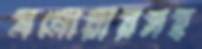
মনোয়ারসহ